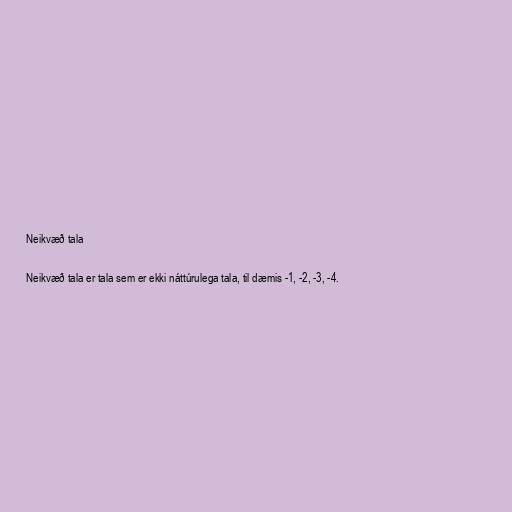
Neikvæð tala

Neikvæð tala er tala sem er ekki náttúrulega tala, til dæmis -1, -2, -3, -4.